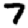
Digit: 7